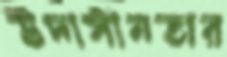
উদাসীনতার